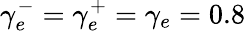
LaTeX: \gamma_{e}^{-}=\gamma_{e}^{+}=\gamma_{e}=0.8